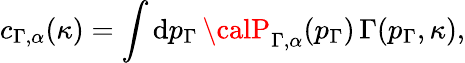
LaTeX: c_{\Gamma,\alpha}(\kappa)=\int\mathrm{d}p_{\Gamma}\, {\calP}_{\Gamma,\alpha}(p_{\Gamma})\, \Gamma(p_{\Gamma},\kappa),